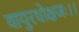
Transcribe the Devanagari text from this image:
वायुरधोक्षजः।।